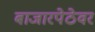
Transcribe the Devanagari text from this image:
बाजारपेठेवर